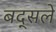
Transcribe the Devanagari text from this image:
बद्सले